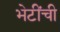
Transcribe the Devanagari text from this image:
भेटींची